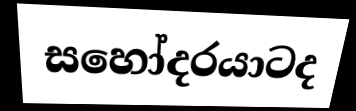
සහෝදරයාටද